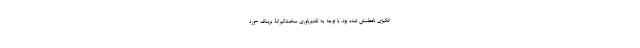
انگیزی نامطمئن شده بود. با توجه به تقدیرباوریِ سخت‌گیرانۀ برینگ -وِرد